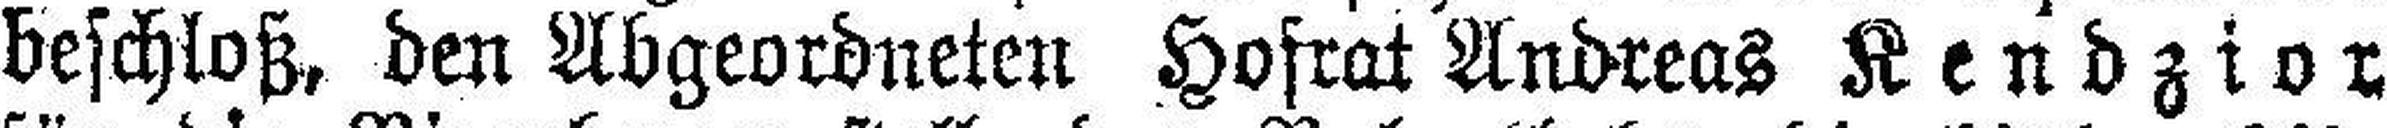
beschloß, den Abgeordneten Hofrat Andreas Kendzior